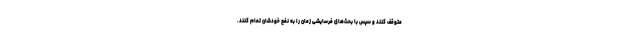
متوقف کنند و سپس با بحث‌های فرسایشی زمان را به نفع خودشان تمام کنند.